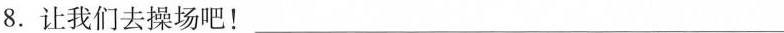
8.让我们去操场吧！__________________________________